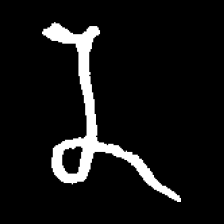
Pyu character \u2014 Myanmar letter: န (romanized: na)